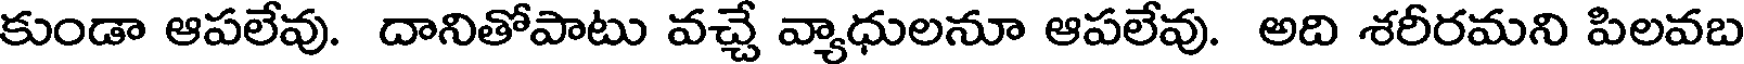
కుండా ఆపలేవు. దానితోపాటు వచ్చే వ్యాధులనూ ఆపలేవు. అది శరీరమని పిలవబ